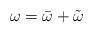
LaTeX: \begin{align*}\omega=\bar \omega + \tilde \omega\end{align*}